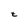
Character: t